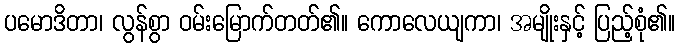
ပမောဒိတာ၊ လွန်စွာ ဝမ်းမြောက်တတ်၏။ ကောလေယျကာ၊ အမျိုးနှင့် ပြည့်စုံ၏။